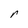
Character: r